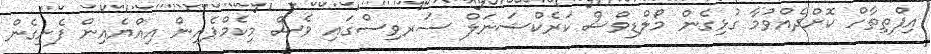
އިފްތިތާހް ކޮށްދެއްވުމާ ގުޅިގެން މޯލްޑިވްސް ކަރެކްޝަނަލް ސަރވިސްގައި ވެސް މިކެމްޕެއިން އިއްޔެއިން ފެށިގެން